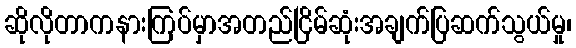
ဆိုလိုတာကနားကြပ်မှာအတည်ငြိမ်ဆုံးအချက်ပြဆက်သွယ်မှု၊